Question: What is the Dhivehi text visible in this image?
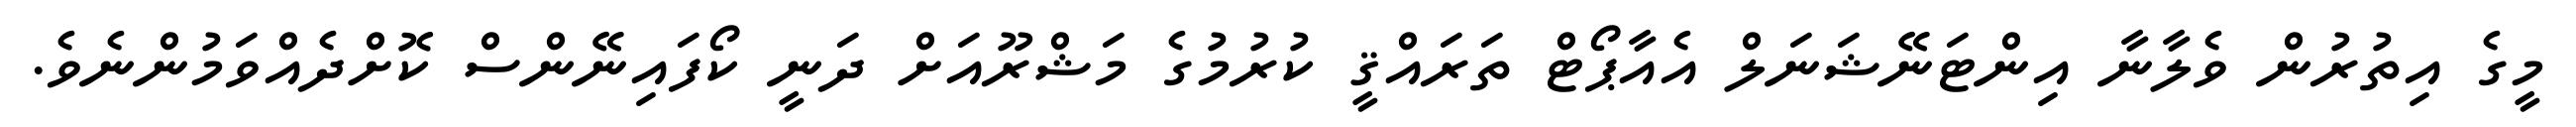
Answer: މީގެ އިތުރުން ވެލާނާ އިންޓަނޭޝަނަލް އެއާޕޯޓް ތަރައްޤީ ކުރުމުގެ މަޝްރޫއަށް ދަނީ ކޯފައިނޭންސް ކޮށްދެއްވަމުންނެވެ.